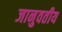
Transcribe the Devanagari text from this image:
जानुवतीय